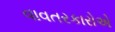
વાવતરકારોએ